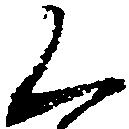
く